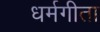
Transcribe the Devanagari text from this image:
धर्मगीता